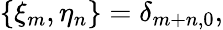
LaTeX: \{ \xi_{m},\eta_{n}\} =\delta_{m+n,0},